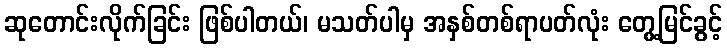
ဆုတောင်းလိုက်ခြင်း ဖြစ်ပါတယ်၊ မသတ်ပါမှ အနှစ်တစ်ရာပတ်လုံး တွေ့မြင်ခွင့်